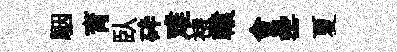
駰育臥砕难褚轅會罍夏